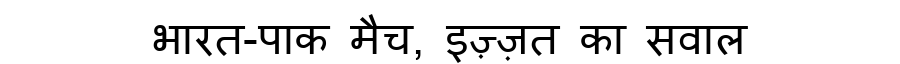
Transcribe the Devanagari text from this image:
भारत-पाक मैच, इज़्ज़त का सवाल